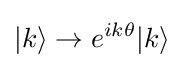
|k\rangle \rightarrow e^{ik\theta }|k\rangle